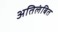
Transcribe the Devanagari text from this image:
अतिलंबित